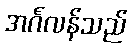
အင်္ဂလန်သည်